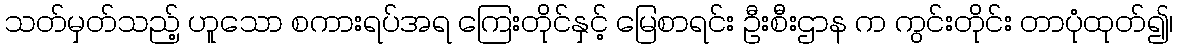
သတ်မှတ်သည့် ဟူသော စကားရပ်အရ ကြေးတိုင်နှင့် မြေစာရင်း ဦးစီးဌာန က ကွင်းတိုင်း တာပုံထုတ်၍၊